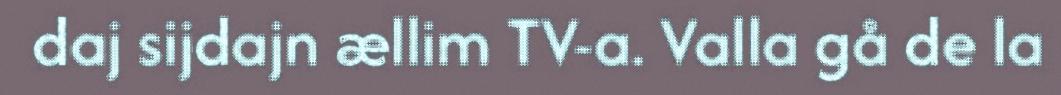
daj sijdajn ællim TV-a. Valla gå de la